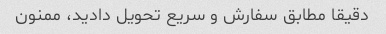
دقیقا مطابق سفارش و سریع تحویل دادید، ممنون